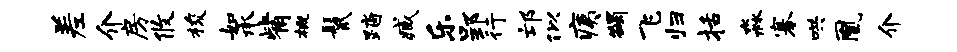
差介房攸梭如承觜概鬣踏臧乐郢行邙似痍蠲飞归括淼搴哄凰介